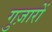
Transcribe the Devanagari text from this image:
गुज़ारों